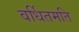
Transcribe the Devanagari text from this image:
वर्धितमति